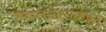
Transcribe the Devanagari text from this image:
मिडलसेक्सकडून